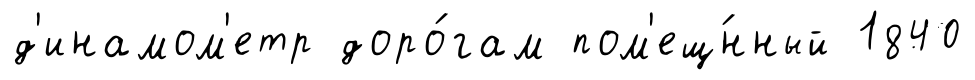
д'инамом'етр доро́гам пом'ещ́нный 1840